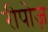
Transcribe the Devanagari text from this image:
रीपोज़